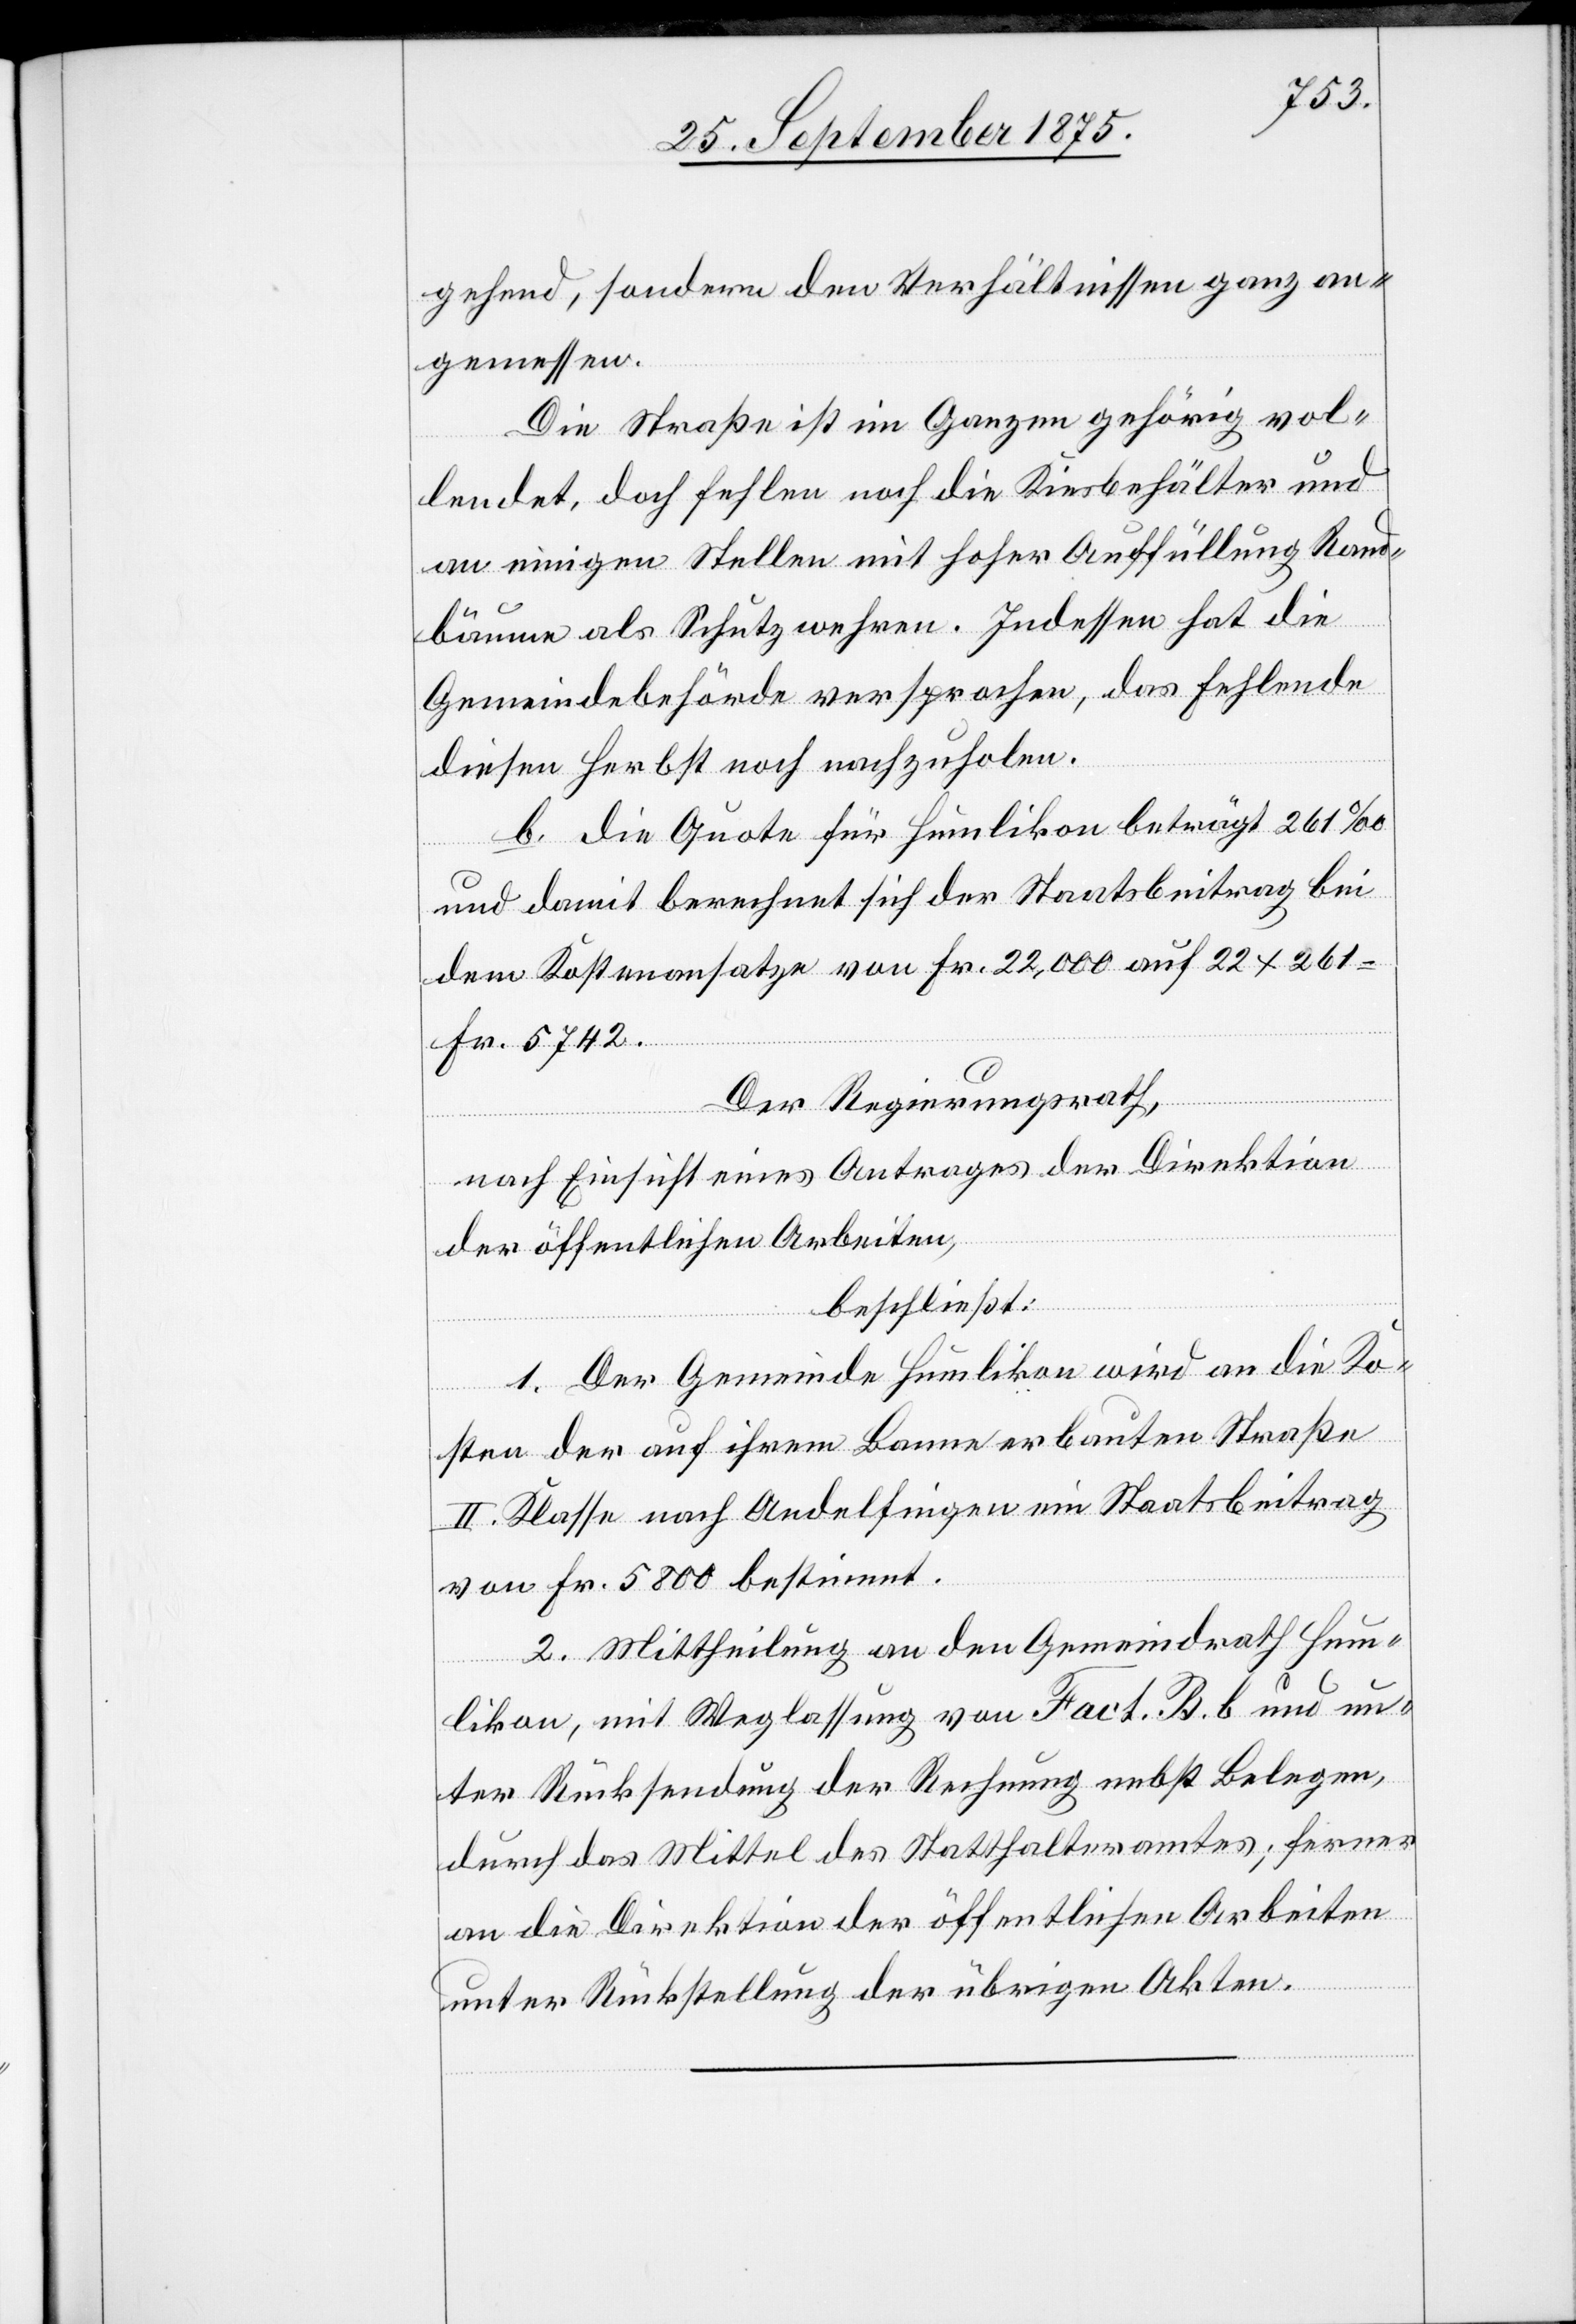
gehend, sondern den Verhältnissen ganz an¬
gemessen.
Die Straße ist im Ganzen gehörig vol¬
lendet, doch fehlen noch die Kiesbehälter und
an einigen Stellen mit hoher Auffüllung Rand¬
bäume als Schutzwehren. Indessen hat die
Gemeindebehörde versprochen, das Fehlende
diesen Herbst noch nachzuholen.
b. die Quote für Humlikon beträgt 261‰
und damit berechnet sich der Staatsbeitrag bei
dem Kostenansatze von Fr. 22,000 auf 22 x 261
Fr. 5742.
Der Regierungsrath,
nach Einsicht eines Antrages der Direktion
der öffentlichen Arbeiten,
beschließt:
1. Der Gemeinde Humlikon wird an die Ko¬
sten der auf ihrem Banne erbauten Straße
II. Klasse nach Andelfingen ein Staatsbeitrag
von Fr. 5800 bestimmt.
2. Mittheilung an den Gemeindrath Hum¬
likon, mit Weglassung von Fact. B. b. und un¬
ter Rücksendung der Rechnung nebst Belegen,
durch das Mittel des Statthalteramtes; ferner
an die Direktion der öffentlichen Arbeiten
unter Rückstellung der übrigen Akten.